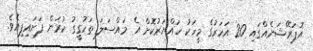
އޮޕަރޭޝަނެއްގައި 20 އަހަރުގެ މީހަކު ހައްޔަރުކޮށް އެ މައްސަލަ ތަހުގީގު ކުރަން ފަށައިފިއެވެ.